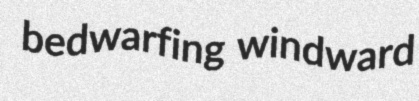
bedwarfing windward